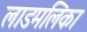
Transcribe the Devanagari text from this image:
लाडमलिका